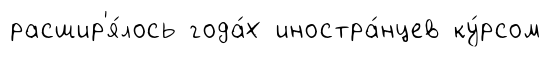
расшир'я́лось года́х иностра́нцев ку́рсом